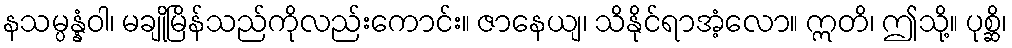
နသမ္ပန္နံဝါ၊ မချိုမြိန်သည်ကိုလည်းကောင်း။ ဇာနေယျ၊ သိနိုင်ရာအံ့လော။ ဣတိ၊ ဤသို့။ ပုစ္ဆိ၊